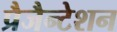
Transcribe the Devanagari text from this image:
प्रैजैन्टेशन